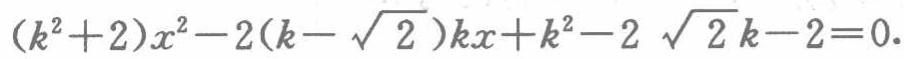
\((k^{2}+2)x^{2}-2(k - \sqrt{2})kx + k^{2}-2\sqrt{2}k - 2 = 0\)